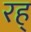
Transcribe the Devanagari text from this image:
रह्